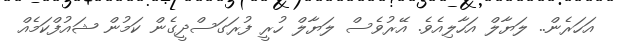
އަހަރެން.. ލަޔާލް އަހާލިއެވެ. އޭރުވެސް ލަޔާލް ހުރީ ފުރަގަސްދީގެން ކަމުން ޝައުފްކަމެއް